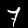
Label: 7